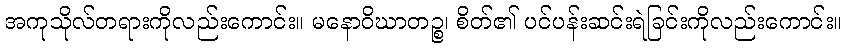
အကုသိုလ်တရားကိုလည်းကောင်း။ မနောဝိဃာတဉ္စ၊ စိတ်၏ ပင်ပန်းဆင်းရဲခြင်းကိုလည်းကောင်း။